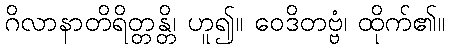
ဂိလာနာတိရိတ္တန္တိ၊ ဟူ၍။ ဝေဒိတဗ္ဗံ၊ ထိုက်၏။